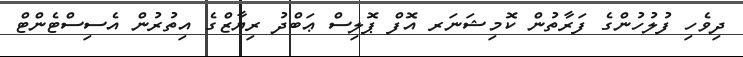
ދިވެހި ފުލުހުންގެ ފަރާތުން ކޮމިޝަނަރ އޮފް ޕޮލިސް ޢަބްދު ރިޔާޒްގެ އިތުރުން އެސިސްޓެންޓް